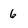
Character: 6